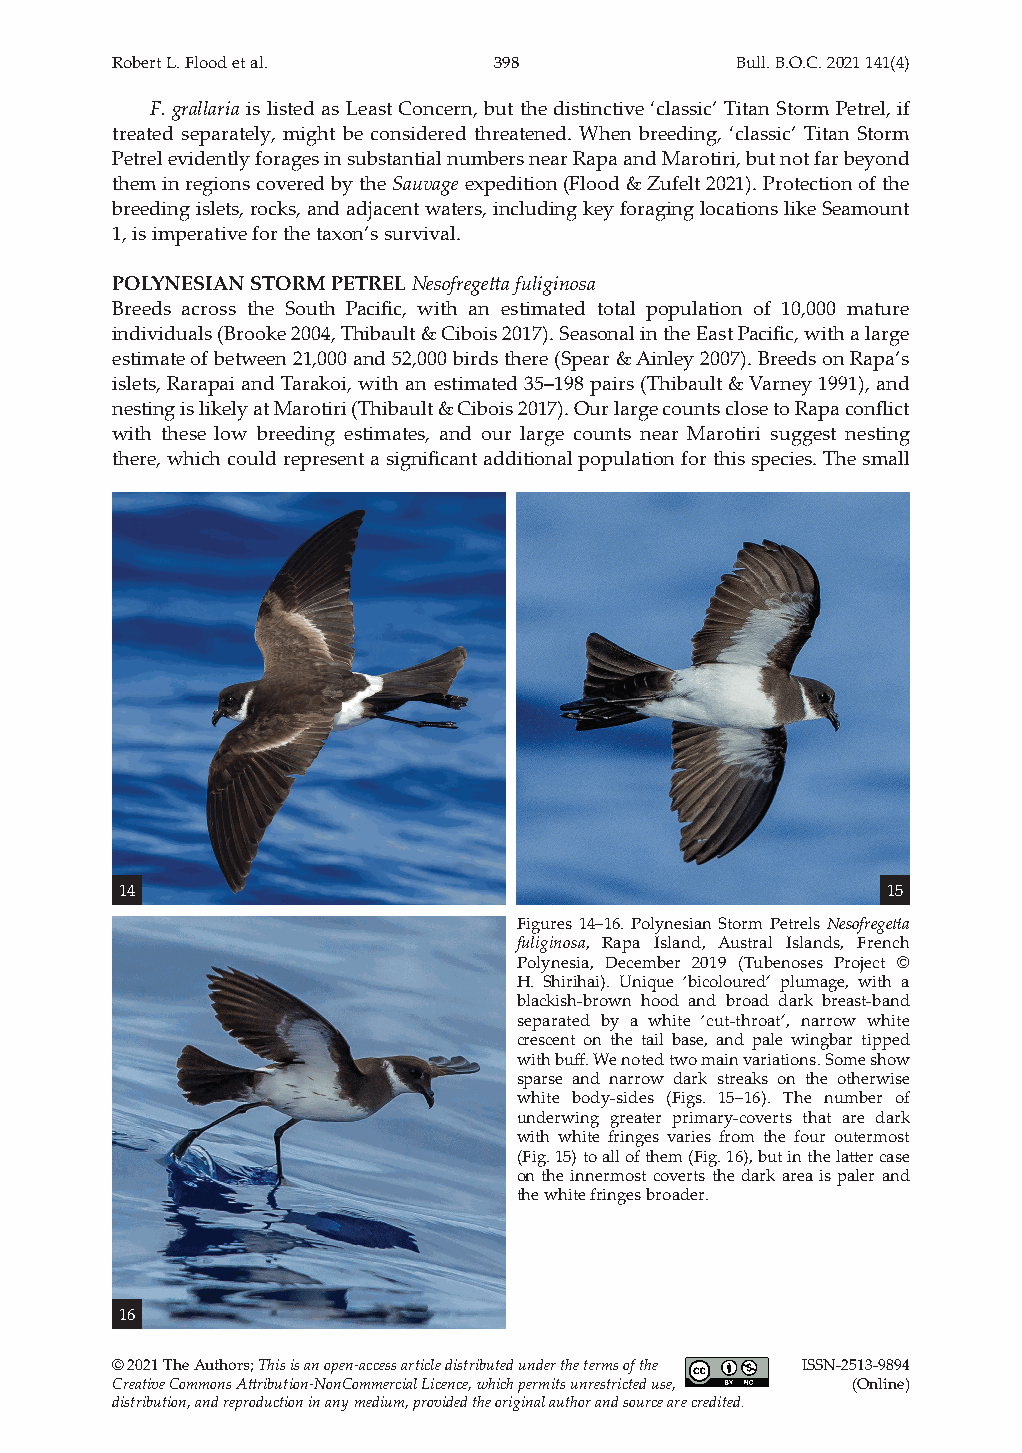
Robert L. Flood et al.    398             Bull. B.O.C. 2021 141(4)
 F. grallaria is listed as Least Concern, but the distinctive ‘classic’ Titan Storm Petrel, if
 treated separately, might be considered threatened. When breeding, ‘classic’ Titan Storm
 Petrel evidently forages in substantial numbers near Rapa and Marotiri, but not far beyond
 them in regions covered by the Sauvage expedition (Flood & Zufelt 2021). Protection of the
 breeding islets, rocks, and adjacent waters, including key foraging locations like Seamount
 1, is imperative for the taxon’s survival.
 POLYNESIAN STORM PETREL Nesofregetta fuliginosa
 Breeds across the South Pacific, with an estimated total population of 10,000 mature
 individuals (Brooke 2004, Thibault & Cibois 2017). Seasonal in the East Pacific, with a large
 estimate of between 21,000 and 52,000 birds there (Spear & Ainley 2007). Breeds on Rapa’s
 islets, Rarapai and Tarakoi, with an estimated 35–198 pairs (Thibault & Varney 1991), and
 nesting is likely at Marotiri (Thibault & Cibois 2017). Our large counts close to Rapa conflict
 with these low breeding estimates, and our large counts near Marotiri suggest nesting
 there, which could represent a significant additional population for this species. The small
 14                                                 15
 Figures 14–16. Polynesian Storm Petrels Nesofregetta
 fuliginosa, Rapa Island, Austral Islands, French
 Polynesia, December 2019 (Tubenoses Project ©
 H. Shirihai). Unique ‘bicoloured’ plumage, with a
 blackish-brown hood and broad dark breast-band
 separated by a white ‘cut-throat’, narrow white
 crescent on the tail base, and pale wingbar tipped
 with buff. We noted two main variations. Some show
 sparse and narrow dark streaks on the otherwise
 white body-sides (Figs. 15–16). The number of
 underwing greater primary-coverts that are dark
 with white fringes varies from the four outermost
 (Fig. 15) to all of them (Fig. 16), but in the latter case
 on the innermost coverts the dark area is paler and
 the white fringes broader.
 16
 © 2021 The Authors; This is an open‐access article distributed under the terms of the ISSN-2513-9894
 Creative Commons Attribution‐NonCommercial Licence, which permits unrestricted use, (Online)
 distribution, and reproduction in any medium, provided the original author and source are credited.